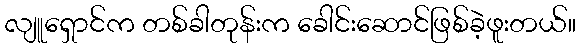
လျူရှောင်က တစ်ခါတုန်းက ခေါင်းဆောင်ဖြစ်ခဲ့ဖူးတယ်။